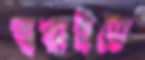
ত্বরাইতে